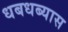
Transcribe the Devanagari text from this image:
धबधब्यास